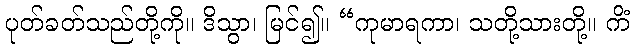
ပုတ်ခတ်သည်တို့ကို။ ဒိသွာ၊ မြင်၍။ “ကုမာရကာ၊ သတို့သားတို့။ ကိံ